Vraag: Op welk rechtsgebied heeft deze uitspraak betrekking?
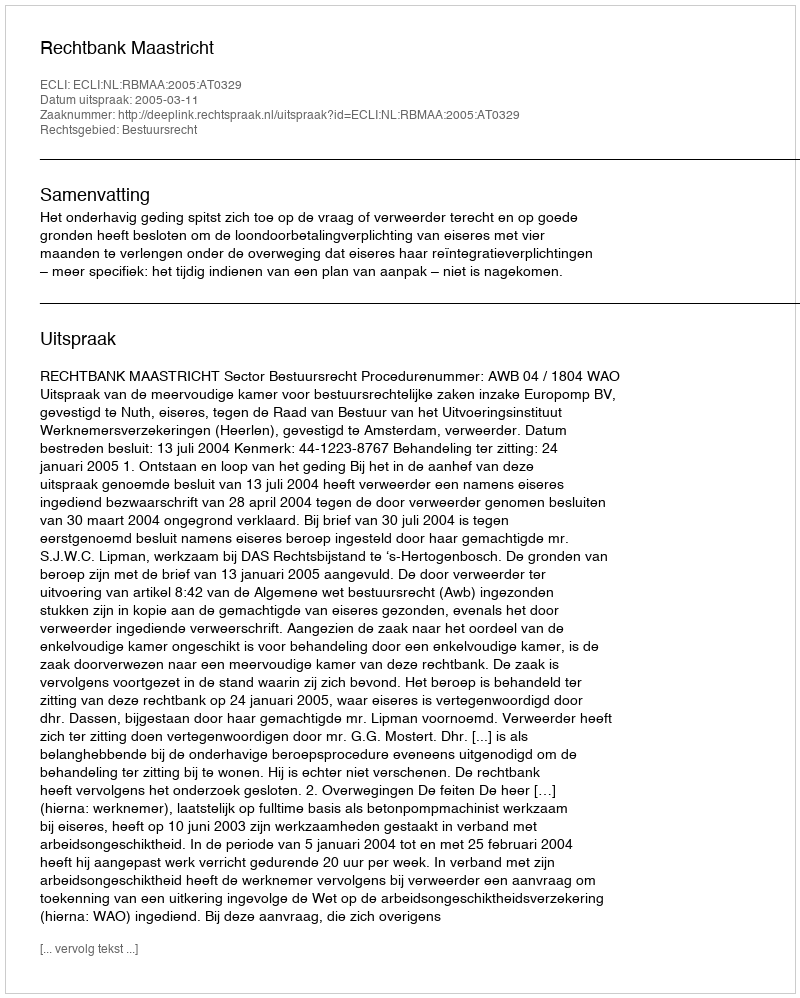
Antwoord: Bestuursrecht